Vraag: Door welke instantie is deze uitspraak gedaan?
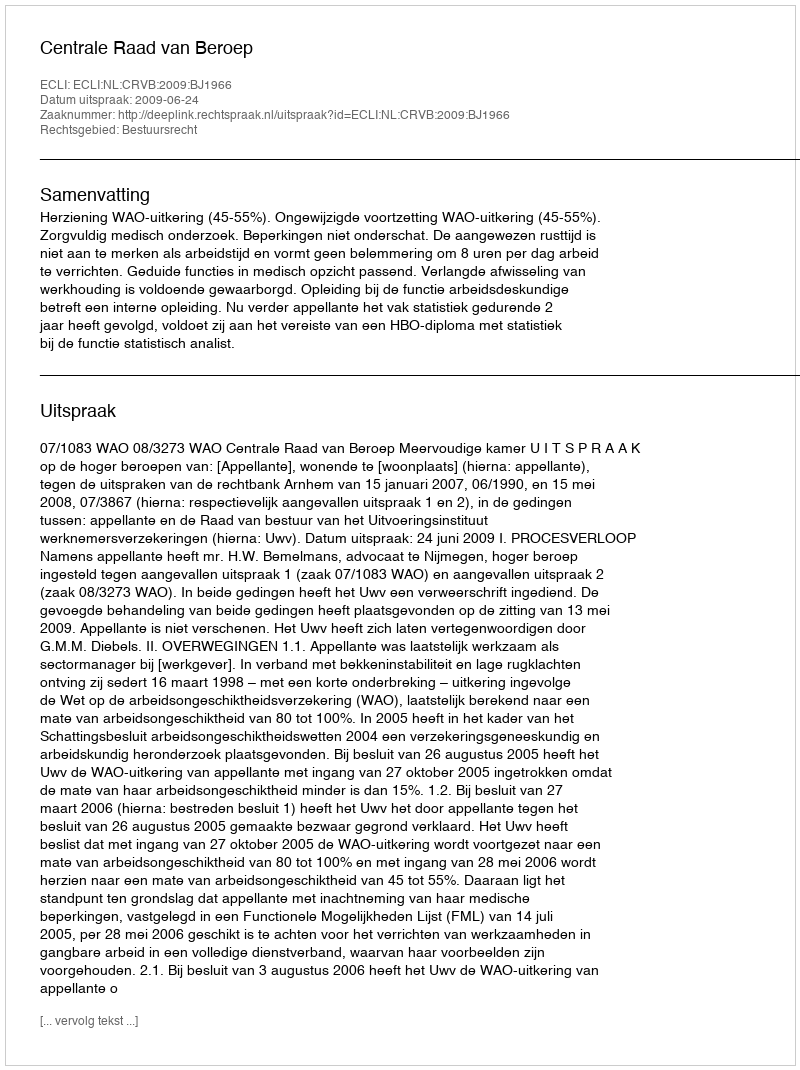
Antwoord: Centrale Raad van Beroep